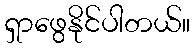
ရှာဖွေနိုင်ပါတယ်။